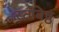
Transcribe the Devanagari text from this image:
स्तविष्ठ